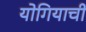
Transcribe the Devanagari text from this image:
योगियाची